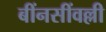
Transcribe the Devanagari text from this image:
बींनसींवल्ली